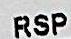
RSP